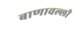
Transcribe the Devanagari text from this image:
बाणावल्ली